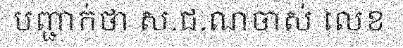
បញ្ជាក់ថា ស.ជ.ណចាស់ លេខ